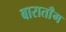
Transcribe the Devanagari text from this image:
बाराताँग